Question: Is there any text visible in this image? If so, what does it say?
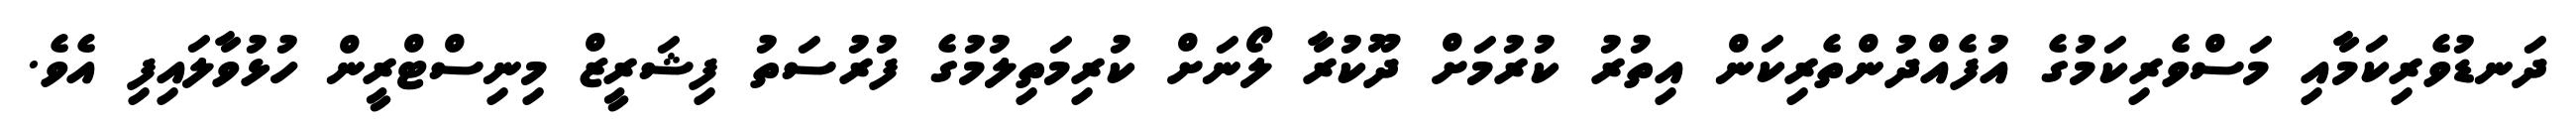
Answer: ދަނޑުވެރިކަމާއި މަސްވެރިކަމުގެ އުފެއްދުންތެރިކަން އިތުރު ކުރުމަށް ދޫކުރާ ލޯނަށް ކުރިމަތިލުމުގެ ފުރުސަތު ފިޝަރީޒް މިނިސްޓްރީން ހުޅުވާލައިފި އެވެ.